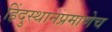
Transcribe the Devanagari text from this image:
हिंदुस्थानप्रमाणेच